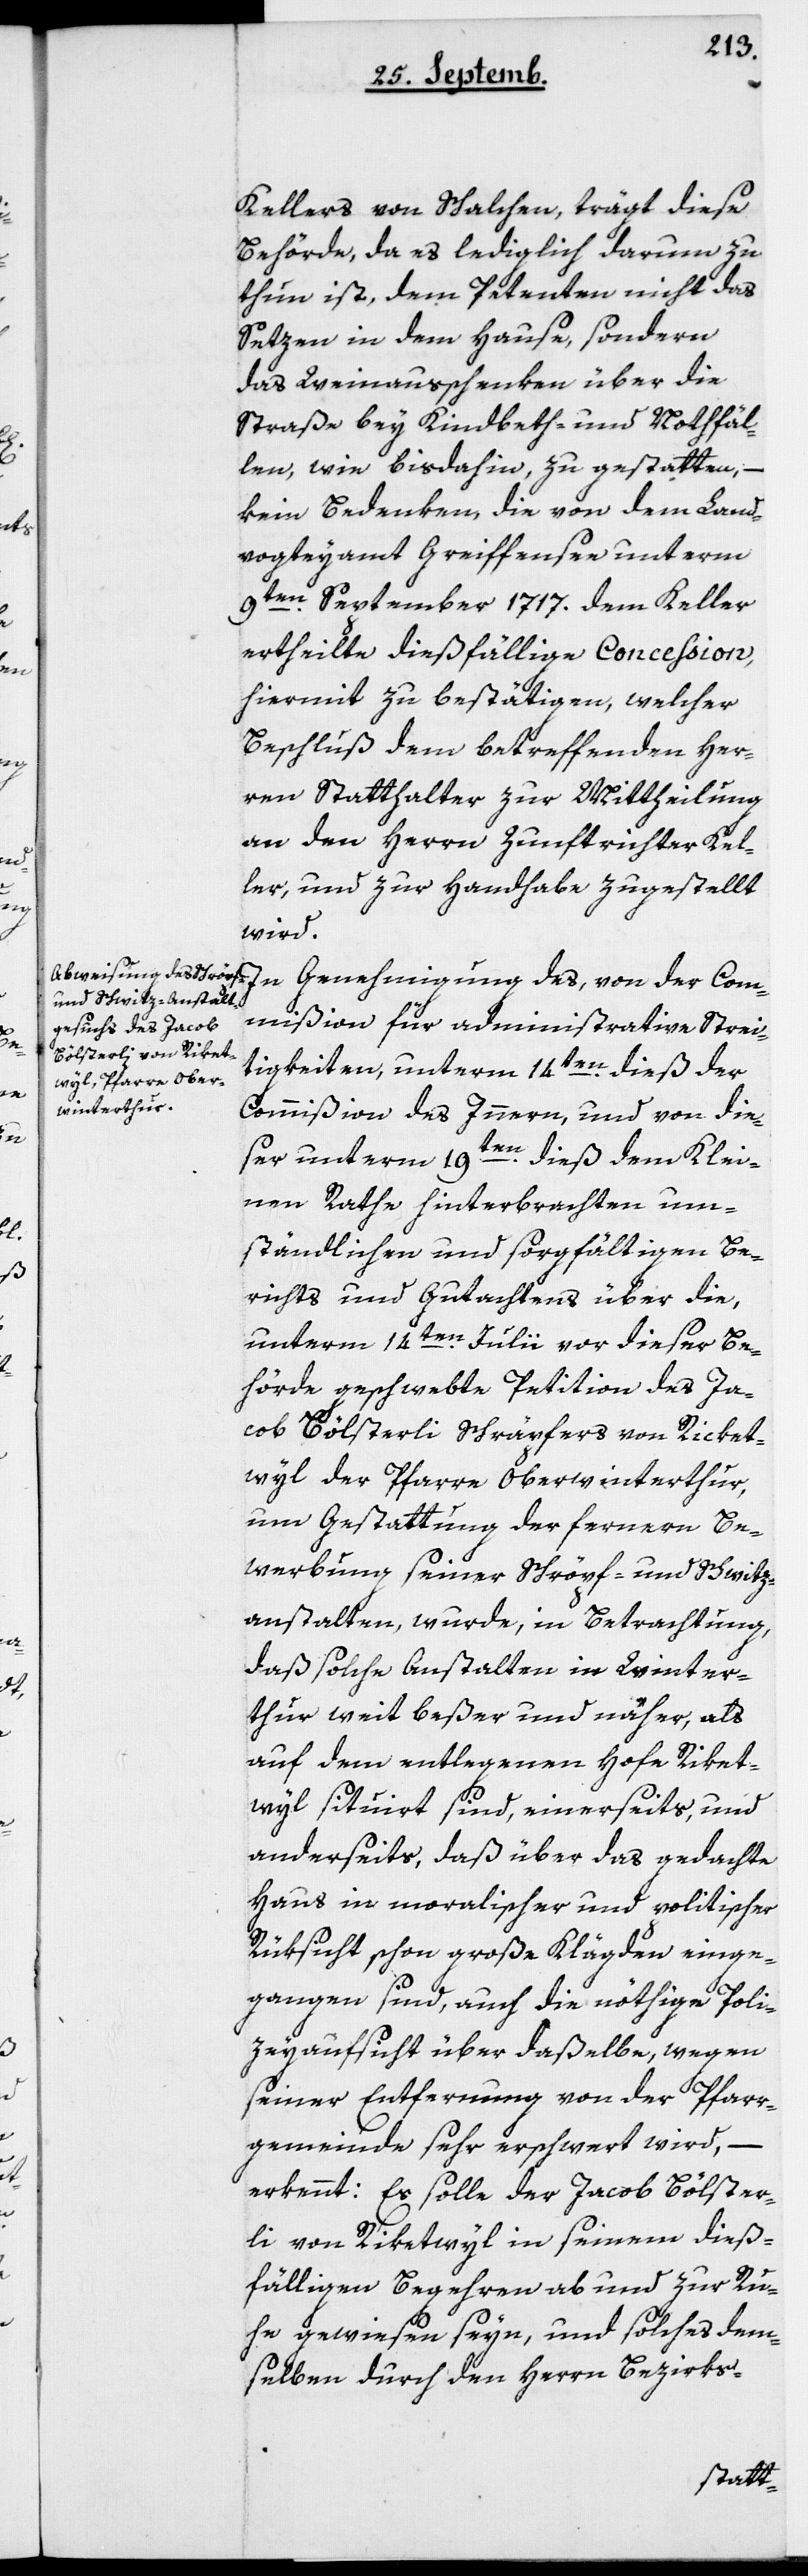
Kellers von Schalchen, trägt diese
Behörde, da es lediglich darum zu
thun ist, dem Petenten nicht das
Setzen in dem Hause, sondern
das Weinschenken über die
Straße bey Kindbeth und Notfäl¬
len, wie bis dahin, zu gestatten, –
kein Bedenken, die von dem Land¬
vogteiamt Greifensee unterm
9ten September 1717 dem Keller
ertheilte dießfällige Conceßion,
hiermit zu bestätigen, welcher
Beschluß dem betreffenden Her¬
ren Statthalter zur Mittheilung
an den Herrn Zunftrichter Kel¬
ler und zur Handhabe zugestellt
wird.
In Genehmigung des, von der Com¬
mißion für administrative Streit¬
igkeiten, unterm 14ten dieß der
Commißion des Innern, und von die¬
ser unterm 19ten dieß dem Klei¬
nen Rathe hinterbrachten um¬
ständlichen und sorgfältigen Be¬
richts und Gutachtens über die,
unterm 14ten Julii vor dieser Be¬
hörde geschwebte Petition des Ja¬
cob Bölsterli, Schräpfers von Ricket¬
wyl der Pfarre Oberwinterthur,
um Gestattung der fernern Be¬
werbung seiner Schröpf- und Schwitz¬
anstalten, wurde, in Betrachtung,
daß solche Anstalten in Winter¬
thur weit beßer und näher, als
auf dem entlegenen Hofe Riket¬
wyl situiert sind, einerseits, und
anderseits, daß über das gedachte
Haus in moralischer und politischer
Rüksicht schon große Klägden einge¬
gangen sind, auch die nöthige Poli¬
ceyaufsicht über daßelbe, wegen
seiner Entfernung von der Pfarr¬
gemeinde sehr erschwert wird, –
erkennt: Es solle der Jacob Bölster¬
li von Riketwyl in seinem dieß¬
fälligen Begehren ab und zur Ru¬
he gewiesen seyn, und solches dem¬
selben durch den Herrn Bezirks-